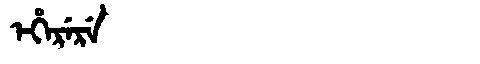
Manchu: ᡝᡥᡝᡵᡝᡵᡝ
Romanization: EHERERE